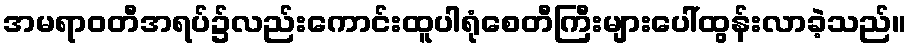
အမရာဝတီအရပ်၌လည်းကောင်းထူပါရုံစေတီကြီးများပေါ်ထွန်းလာခဲ့သည်။